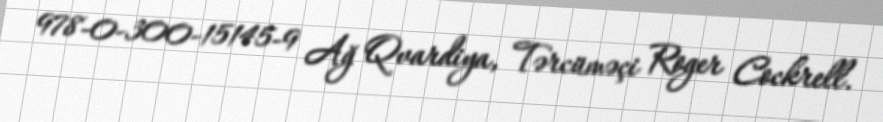
978-0-300-15145-9 Ağ Qvardiya, Tərcüməçi Roger Cockrell.